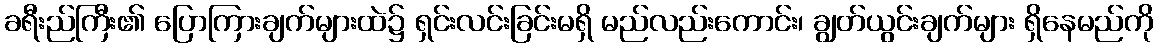
ခရီးည်ကြီး၏ ပြောကြားချက်များထဲ၌ ရှင်းလင်းခြင်းမရှိ မည်လည်းကောင်း၊ ချွတ်ယွင်းချက်များ ရှိနေမည်ကို